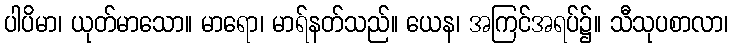
ပါပိမာ၊ ယုတ်မာသော။ မာရော၊ မာရ်နတ်သည်။ ယေန၊ အကြင်အရပ်၌။ သီသုပစာလာ၊